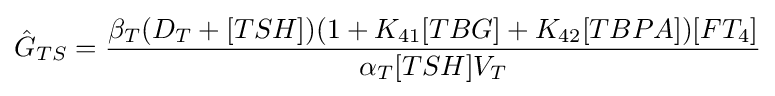
{\hat {G}}_{TS}={\frac {\beta _{T}(D_{T}+[TSH])(1+K_{41}[TBG]+K_{42}[TBPA])[FT_{4}]}{\alpha _{T}[TSH]{V}_{T}}}